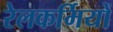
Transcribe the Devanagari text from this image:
रेलकर्मियों